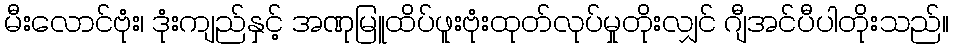
မီးလောင်ဗုံး၊ ဒုံးကျည်နှင့် အဏုမြူထိပ်ဖူးဗုံးထုတ်လုပ်မှုတိုးလျှင် ဂျီအင်ပီပါတိုးသည်။